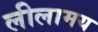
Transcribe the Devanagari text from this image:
लीलामय